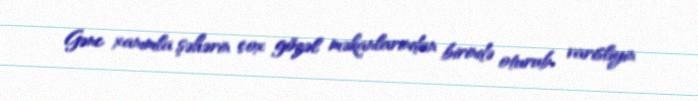
Gənc xanımla şəhərin çox gözəl məkanlarından birində oturub, varisliyin